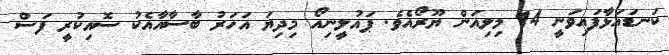
ކަނޑައަޅާފައިވަނީ 14 މިލިއަން ޔޫރޯއެވެ. ޕައުލީނިއޯ މިދިޔަ އަހަރު ބާސާއާއެކު ސޮއިކުރީ ފަސް